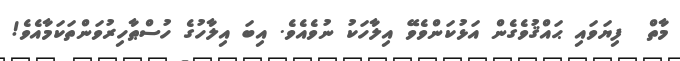
މާތް  ފިޔަވައި ޙައްޤުވެގެން އަޅުކަންވެވޭ އިލާހަކު ނުވެއެވެ. އިބަ އިލާހުގެ ހުސްޠާހިރުވަންތަކަމާއެވެ!